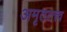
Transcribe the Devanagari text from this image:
अमृततत्त्व